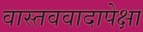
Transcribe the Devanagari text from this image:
वास्तववादापेक्षा